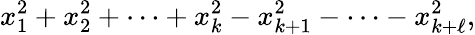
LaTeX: x_{1}^{2}+x_{2}^{2}+\cdots+x_{k}^{2}-x_{k+1}^{2}-\cdots-x_{k+\ell}^{2},